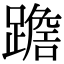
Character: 𨅧